Punjab Mental Hospital Lahore 1932-46 - 1932-1946
Year: 1932
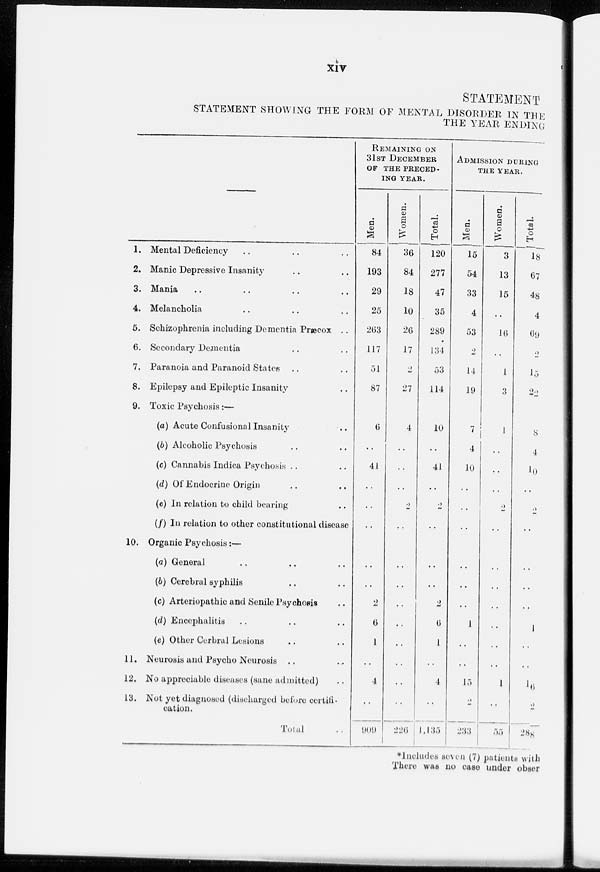
xiv
STATEMENT
STATEMENT SHOWING THE FORM OF MENTAL DISORDER IN THE
THE YEAR ENDING
—
1.
2.
3.
4.
5.
6.
7.
8.
9.
10.
11.
12.
13.
Mental Deficiency .. .. ..
Manic Depressive Insanity .. ..
Mania .. .. ..
Melancholia .. .. ..
Schizophrenia including Dementia Præox ..
Secondary Dementia .. ..
Paranoia and Paranoid States .. ..
Epilepsy and Epileptic Insanity ..
Toxic Psychosis :—
(a) Acute Confusional Insanity .. ..
(b) Alcoholic Psychosis .. ..
(c) Cannabis Indica Psychosis .. ..
(d) Of Endocrine Origin .. ..
(e) In relation to child bearing ..
(f) In relation to other constitutional disease
Organic Psychosis :—
(a) General .. .. ..
(b) Cerebral syphilis .. ..
(c) Arteriopathic and Senile Psychosis ..
(d) Encephalitis .. .. ..
(e) Other Cerbral Lesions .. ..
Neurosis and Psycho Neurosis .. ...
No appreciable diseases (sane admitted) ..
Not yet diagnosed (discharged before certifi-
cation.
Total ..
REMAINING ON
31ST DECEMBER
OF THE PRECED-
ING YEAR.
Men.
84
193
29
25
263
117
51
87
6
..
41
..
..
..
..
..
2
6
1
..
4
..
909
Women.
36
84
18
10
26
17
2
27
4
..
..
..
2
..
..
..
..
..
..
..
..
..
226
Total.
120
277
47
35
289
134
53
114
10
..
41
..
2
..
..
..
2
6
1
..
4
..
1,135
ADMISSION DURING
THE YEAR.
Men.
15
54
33
4
53
2
14
19
7
4
10
..
..
..
..
..
..
1
..
..
15
2
233
Women.
3
13
15
..
16
..
1
3
1
..
..
..
2
..
..
..
..
..
..
..
1
..
55
Total.
18
67
48
4
69
2
15
22
8
4
10
..
2
..
..
..
..
1
..
..
16
2
288
*Includes seven (7) patients with
There was no case under obser